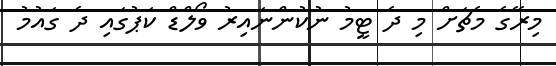
މިރޭގެ މެޗަށް މި ދެ ޓީމު ނުކުންނައިރު ވޯލްޑް ކަޕުގައި ދެ ގައުމު